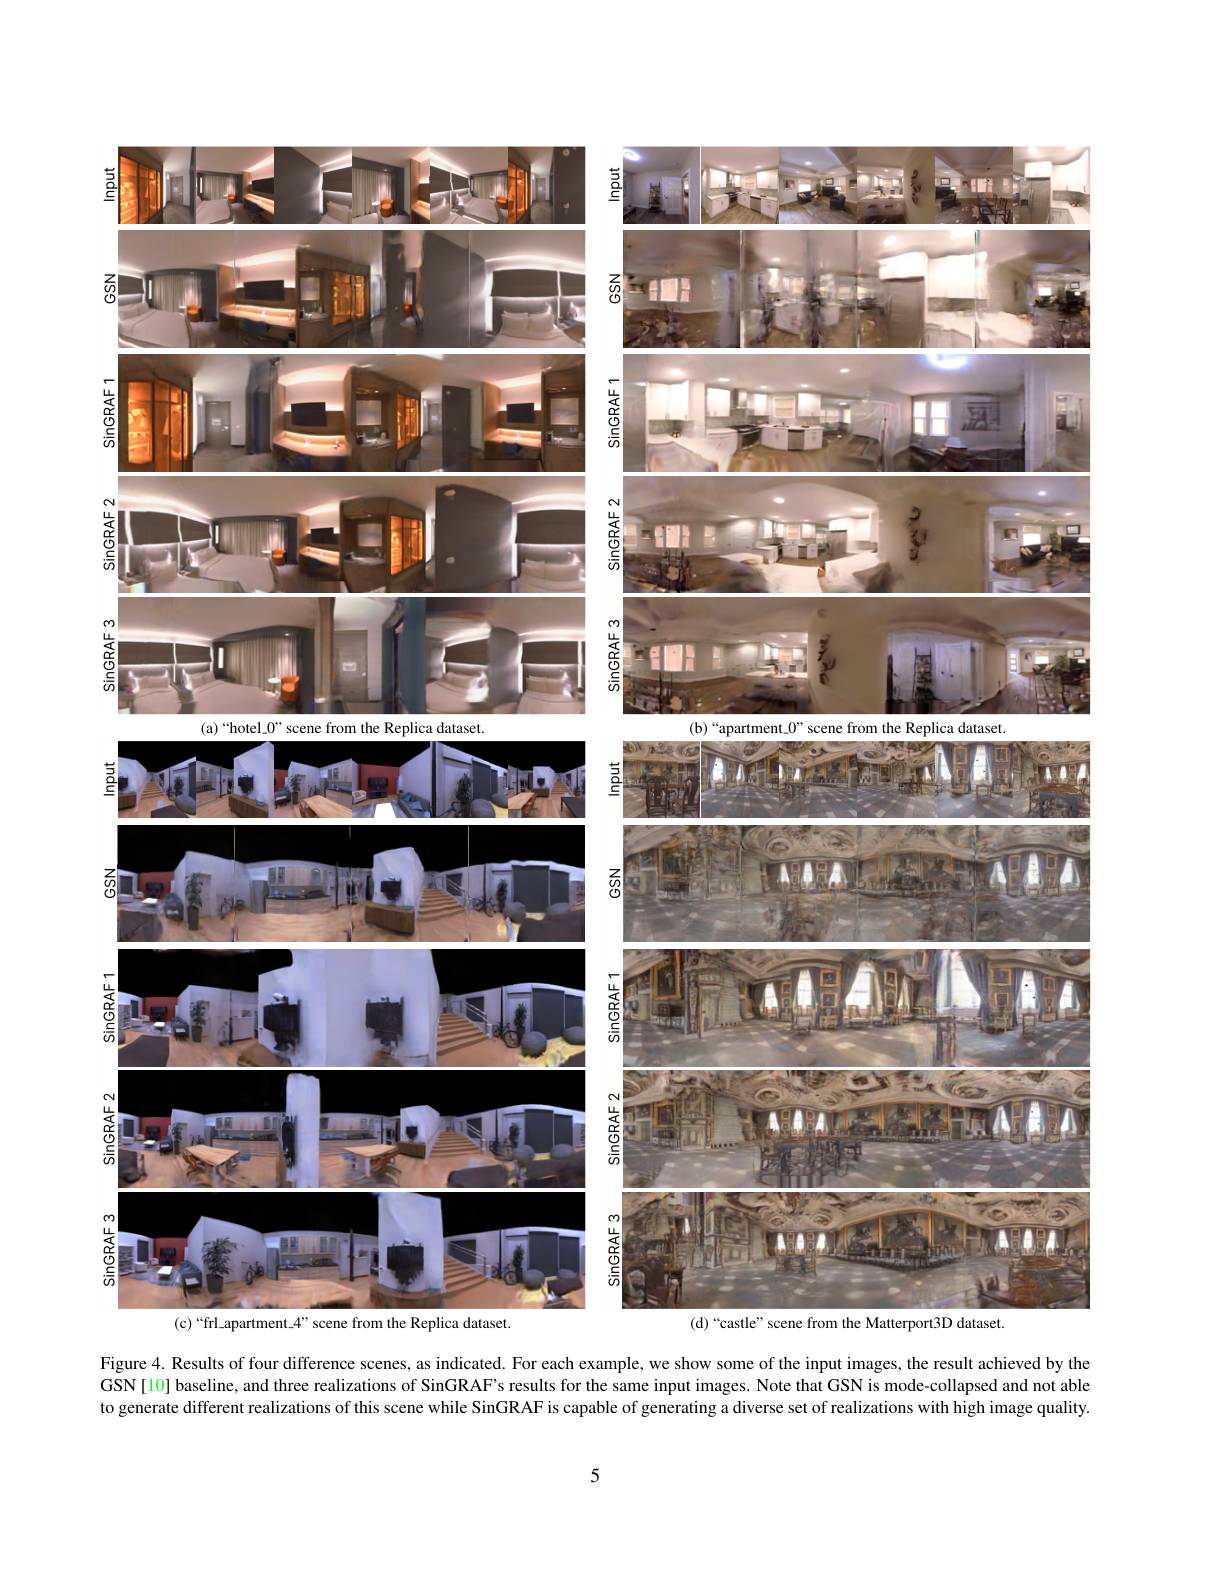
<FigureHere>
$(c)“frl\_apartment\_4”scene from the Replica dataset.$
(d)“castle”scene from the Matterport3D dataset.

Figure 4. Results of four difference scenes, as indicated. For each example, we show some of the input images, the result achieved by the GSN[10] baseline, and three realizations of SinGRAF's results for the same input images. Note that GSN is mode-collapsed and not able to generate different realizations of this scene while SinGRAF is capable of generating a diverse set of realizations with high image quality.

5